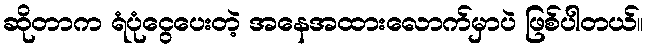
ဆိုတာက ရံပုံငွေပေးတဲ့ အနေအထားလောက်မှာပဲ ဖြစ်ပါတယ်။